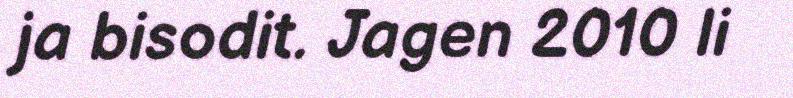
ja bisodit. Jagen 2010 li